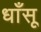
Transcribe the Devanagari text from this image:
धाँसू